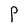
Character: P